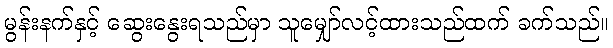
မွန်းနက်နှင့် ဆွေးနွေးရသည်မှာ သူမျှော်လင့်ထားသည်ထက် ခက်သည်။